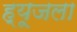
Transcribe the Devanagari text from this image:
ह्यूजला